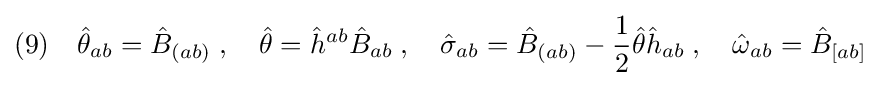
(9)\quad {\hat {\theta }}_{ab}={\hat {B}}_{(ab)}\;,\quad {\hat {\theta }}={\hat {h}}^{ab}{\hat {B}}_{ab}\;,\quad {\hat {\sigma }}_{ab}={\hat {B}}_{(ab)}-{\frac {1}{2}}{\hat {\theta }}{\hat {h}}_{ab}\;,\quad {\hat {\omega }}_{ab}={\hat {B}}_{[ab]}\;